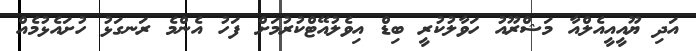
އަދި ޔޫއީއީއެލްއާ މަޝްރޫއު ހަވާލުކުރީ ބިޑް އިވެލުއޭޓްކުރުމަށް ފަހު އެންމެ ރަނގަޅު ހުށައެޅުމެއް